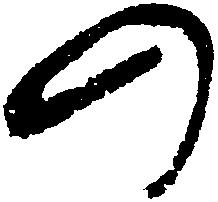
の